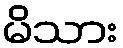
မိသား